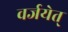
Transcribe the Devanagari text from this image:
वर्जयेत्